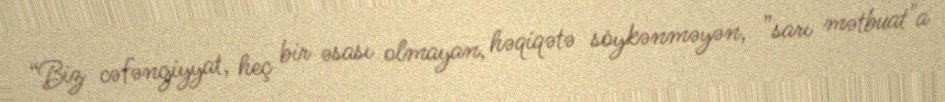
“Biz cəfəngiyyat, heç bir əsası olmayan, həqiqətə söykənməyən, ”sarı mətbuat"a